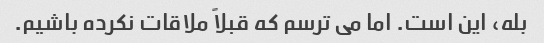
بله، این است. اما می ترسم که قبلاً ملاقات نکرده باشیم.